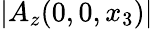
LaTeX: |A_{z}(0,0,x_{3})|